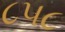
૮૫૮